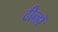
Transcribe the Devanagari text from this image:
दीन्हों